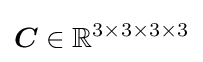
{\boldsymbol {C}}\in \mathbb {R} ^{3\times 3\times 3\times 3}